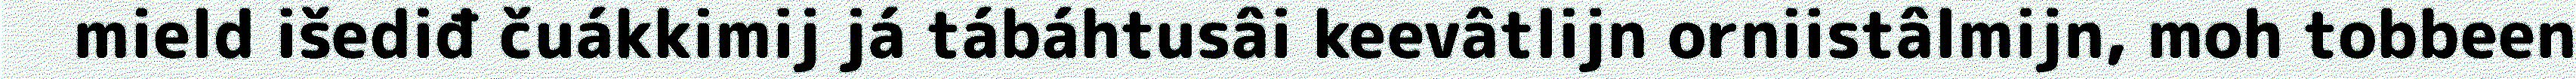
mield išediđ čuákkimij já tábáhtusâi keevâtlijn orniistâlmijn, moh tobbeen